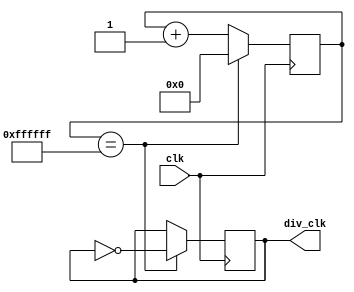
`timescale 1ns / 1ps
//////////////////////////////////////////////////////////////////////////////////
// Company: 
// Engineer: 
// 
// Design Name: 
// Module Name: div_FFFF
// Project Name: 
// Target Devices: 
// Tool Versions: 
// Description: 
// 
// Dependencies: 
// 
// Revision:
// Revision 0.01 - File Created
// Additional Comments:
// 
//////////////////////////////////////////////////////////////////////////////////


module div_FFFF(
    input clk,
    output reg div_clk
    );

    reg [32:0] counter = 0;

    initial begin
        div_clk <= 0;
    end
    
    always @(posedge clk) begin
        case (counter)
            32'h00FFFFFF: begin
            // 32'h0000FFFF: begin
                div_clk <= ~div_clk;
                counter <= 0;
            end
            default: begin
                counter <= counter + 1;
            end
        endcase
    end
endmodule